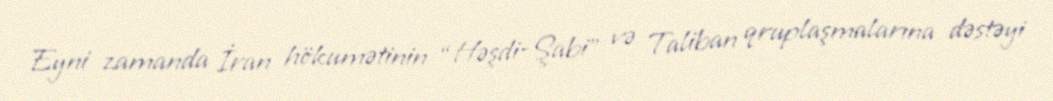
Eyni zamanda İran hökumətinin “Həşdi-Şabi” və Taliban qruplaşmalarına dəstəyi